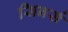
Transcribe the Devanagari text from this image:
सिनर्स